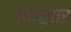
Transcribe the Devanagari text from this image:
चिल्लूपार